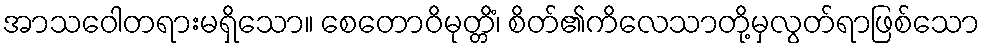
အာသဝေါတရားမရှိသော။ စေတောဝိမုတ္တိံ၊ စိတ်၏ကိလေသာတို့မှလွတ်ရာဖြစ်သော